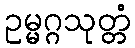
ဥမ္မဂ္ဂသုတ္တံ